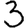
Digit: 3